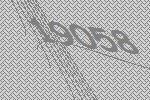
19058